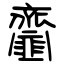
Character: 齏